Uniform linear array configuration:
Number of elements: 48
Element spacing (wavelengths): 0.5
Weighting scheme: exponential
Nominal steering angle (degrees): -45
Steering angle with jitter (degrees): -44.266
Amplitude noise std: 0.05
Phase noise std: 0.05

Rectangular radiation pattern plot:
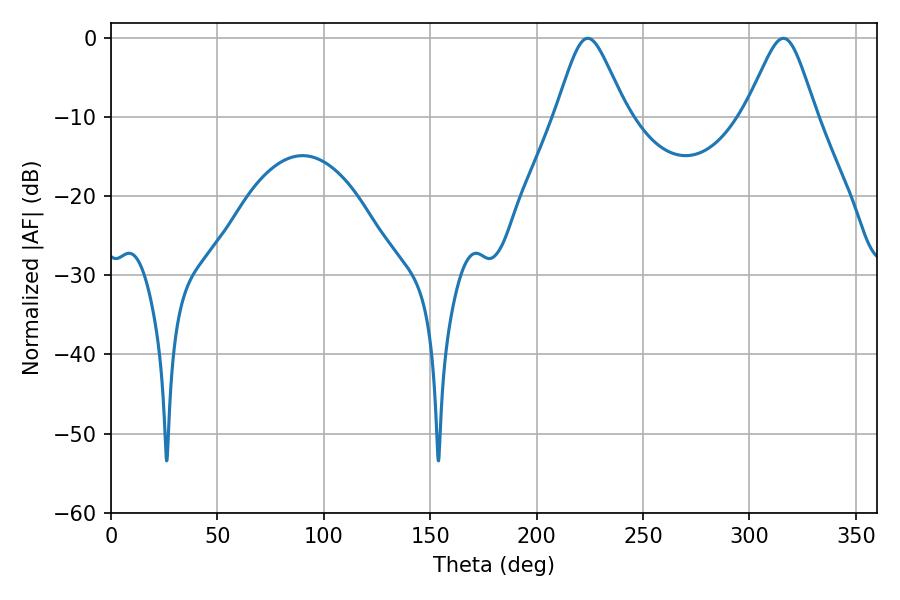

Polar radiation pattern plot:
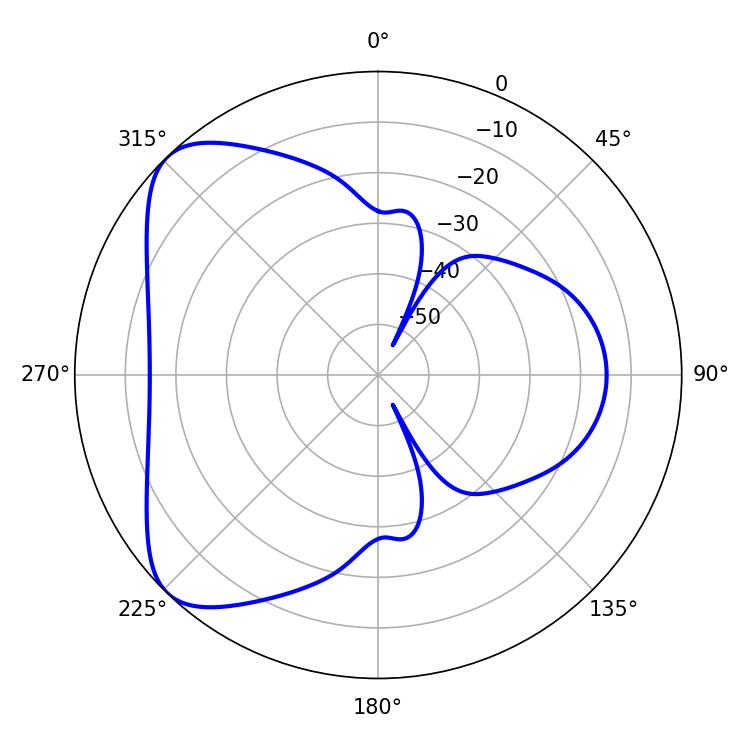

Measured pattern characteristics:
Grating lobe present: FALSE
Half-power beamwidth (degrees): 16.2
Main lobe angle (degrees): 224.1